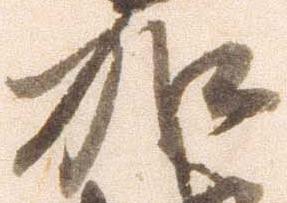
加